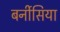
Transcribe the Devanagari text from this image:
बर्नीसिया